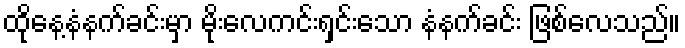
ထိုနေ့နံနက်ခင်းမှာ မိုးလေကင်းရှင်းသော နံနက်ခင်း ဖြစ်လေသည်။